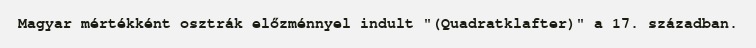
Magyar mértékként osztrák előzménnyel indult "(Quadratklafter)" a 17. században.